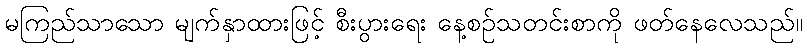
မကြည်သာသော မျက်နှာထားဖြင့် စီးပွားရေး နေ့စဉ်သတင်းစာကို ဖတ်နေလေသည်။